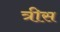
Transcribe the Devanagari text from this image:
त्रीस